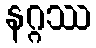
နဂ္ဂဿ